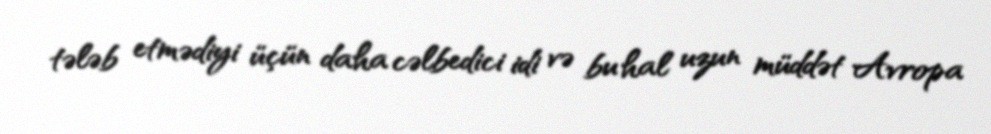
tələb etmədiyi üçün daha cəlbedici idi və bu hal uzun müddət Avropa